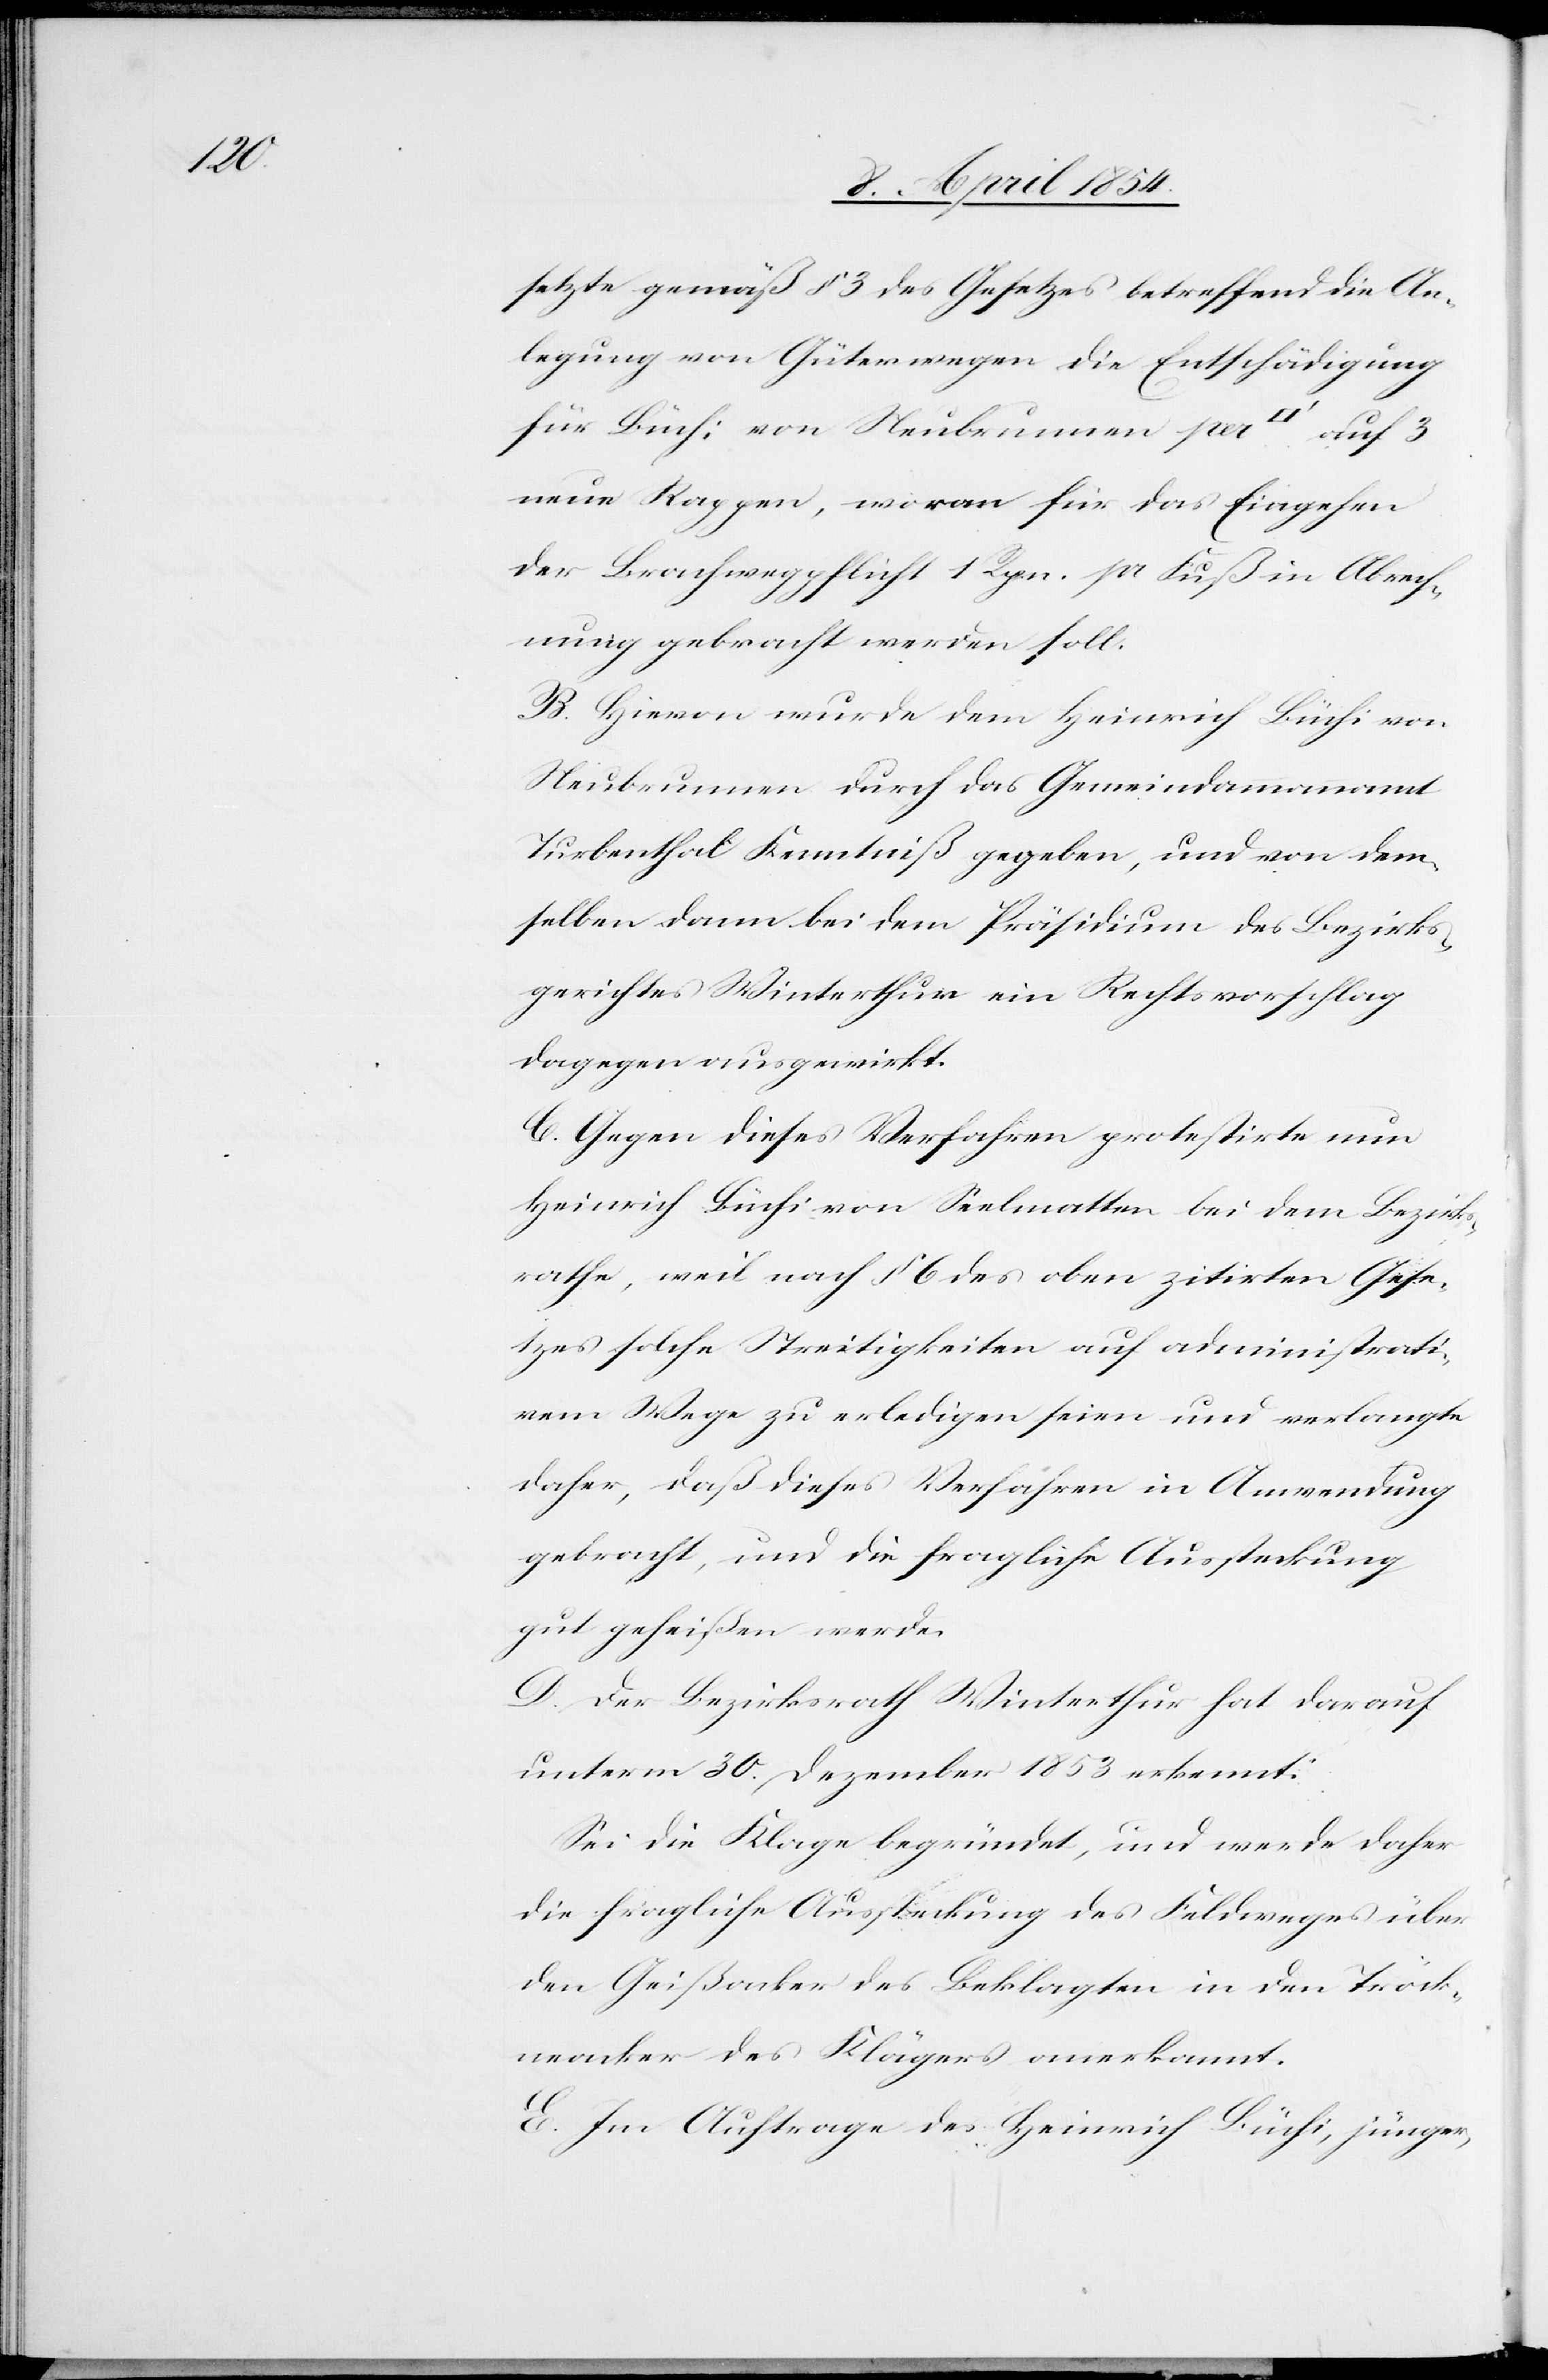
setzte gemäß § 3 des Gesetzes betreffend die An¬
legung von Güterwegen die Entschädigung
neue Rappen, woran für das Eingehen
der Brachwegpflicht 1 Rpn. pr Fuß in Abrech¬
nung gebracht werden soll.
B. Hievon wurde dem Heinrich Büchi von
Neubrunnen durch das Gemeindammannamt
Turbenthal Kenntniß gegeben, und von dem¬
selben dann bei dem Präsidium des Bezirks¬
gerichtes Winterthur ein Rechtvorschlag
dagegen ausgewirkt.
C. Gegen dieses Verfahren protestirte nun
Heinrich Büchi von Seelmatten bei dem Bezirks¬
rathe, weil nach § 6 des oben zitirten Gese¬
tzes solche Streitigkeiten auf administrati¬
vem Wege zu erledigen seien und verlangte
daher, daß dieses Verfahren in Anwendung
gebracht, und die fragliche Aussteckung
gut geheißen werde.
D. Der Bezirksrath Winterthur hat darauf
unterm 30. Dezember 1853 erkennt:
Sei die Klage begründet, und werde daher
die fragliche Aussteckung des Feldweges über
den Geißacker des Beklagten in den Tröck¬
neacker des Klägers anerkannt.
E. Im Auftrage des Heinrich Büchi, jünger,